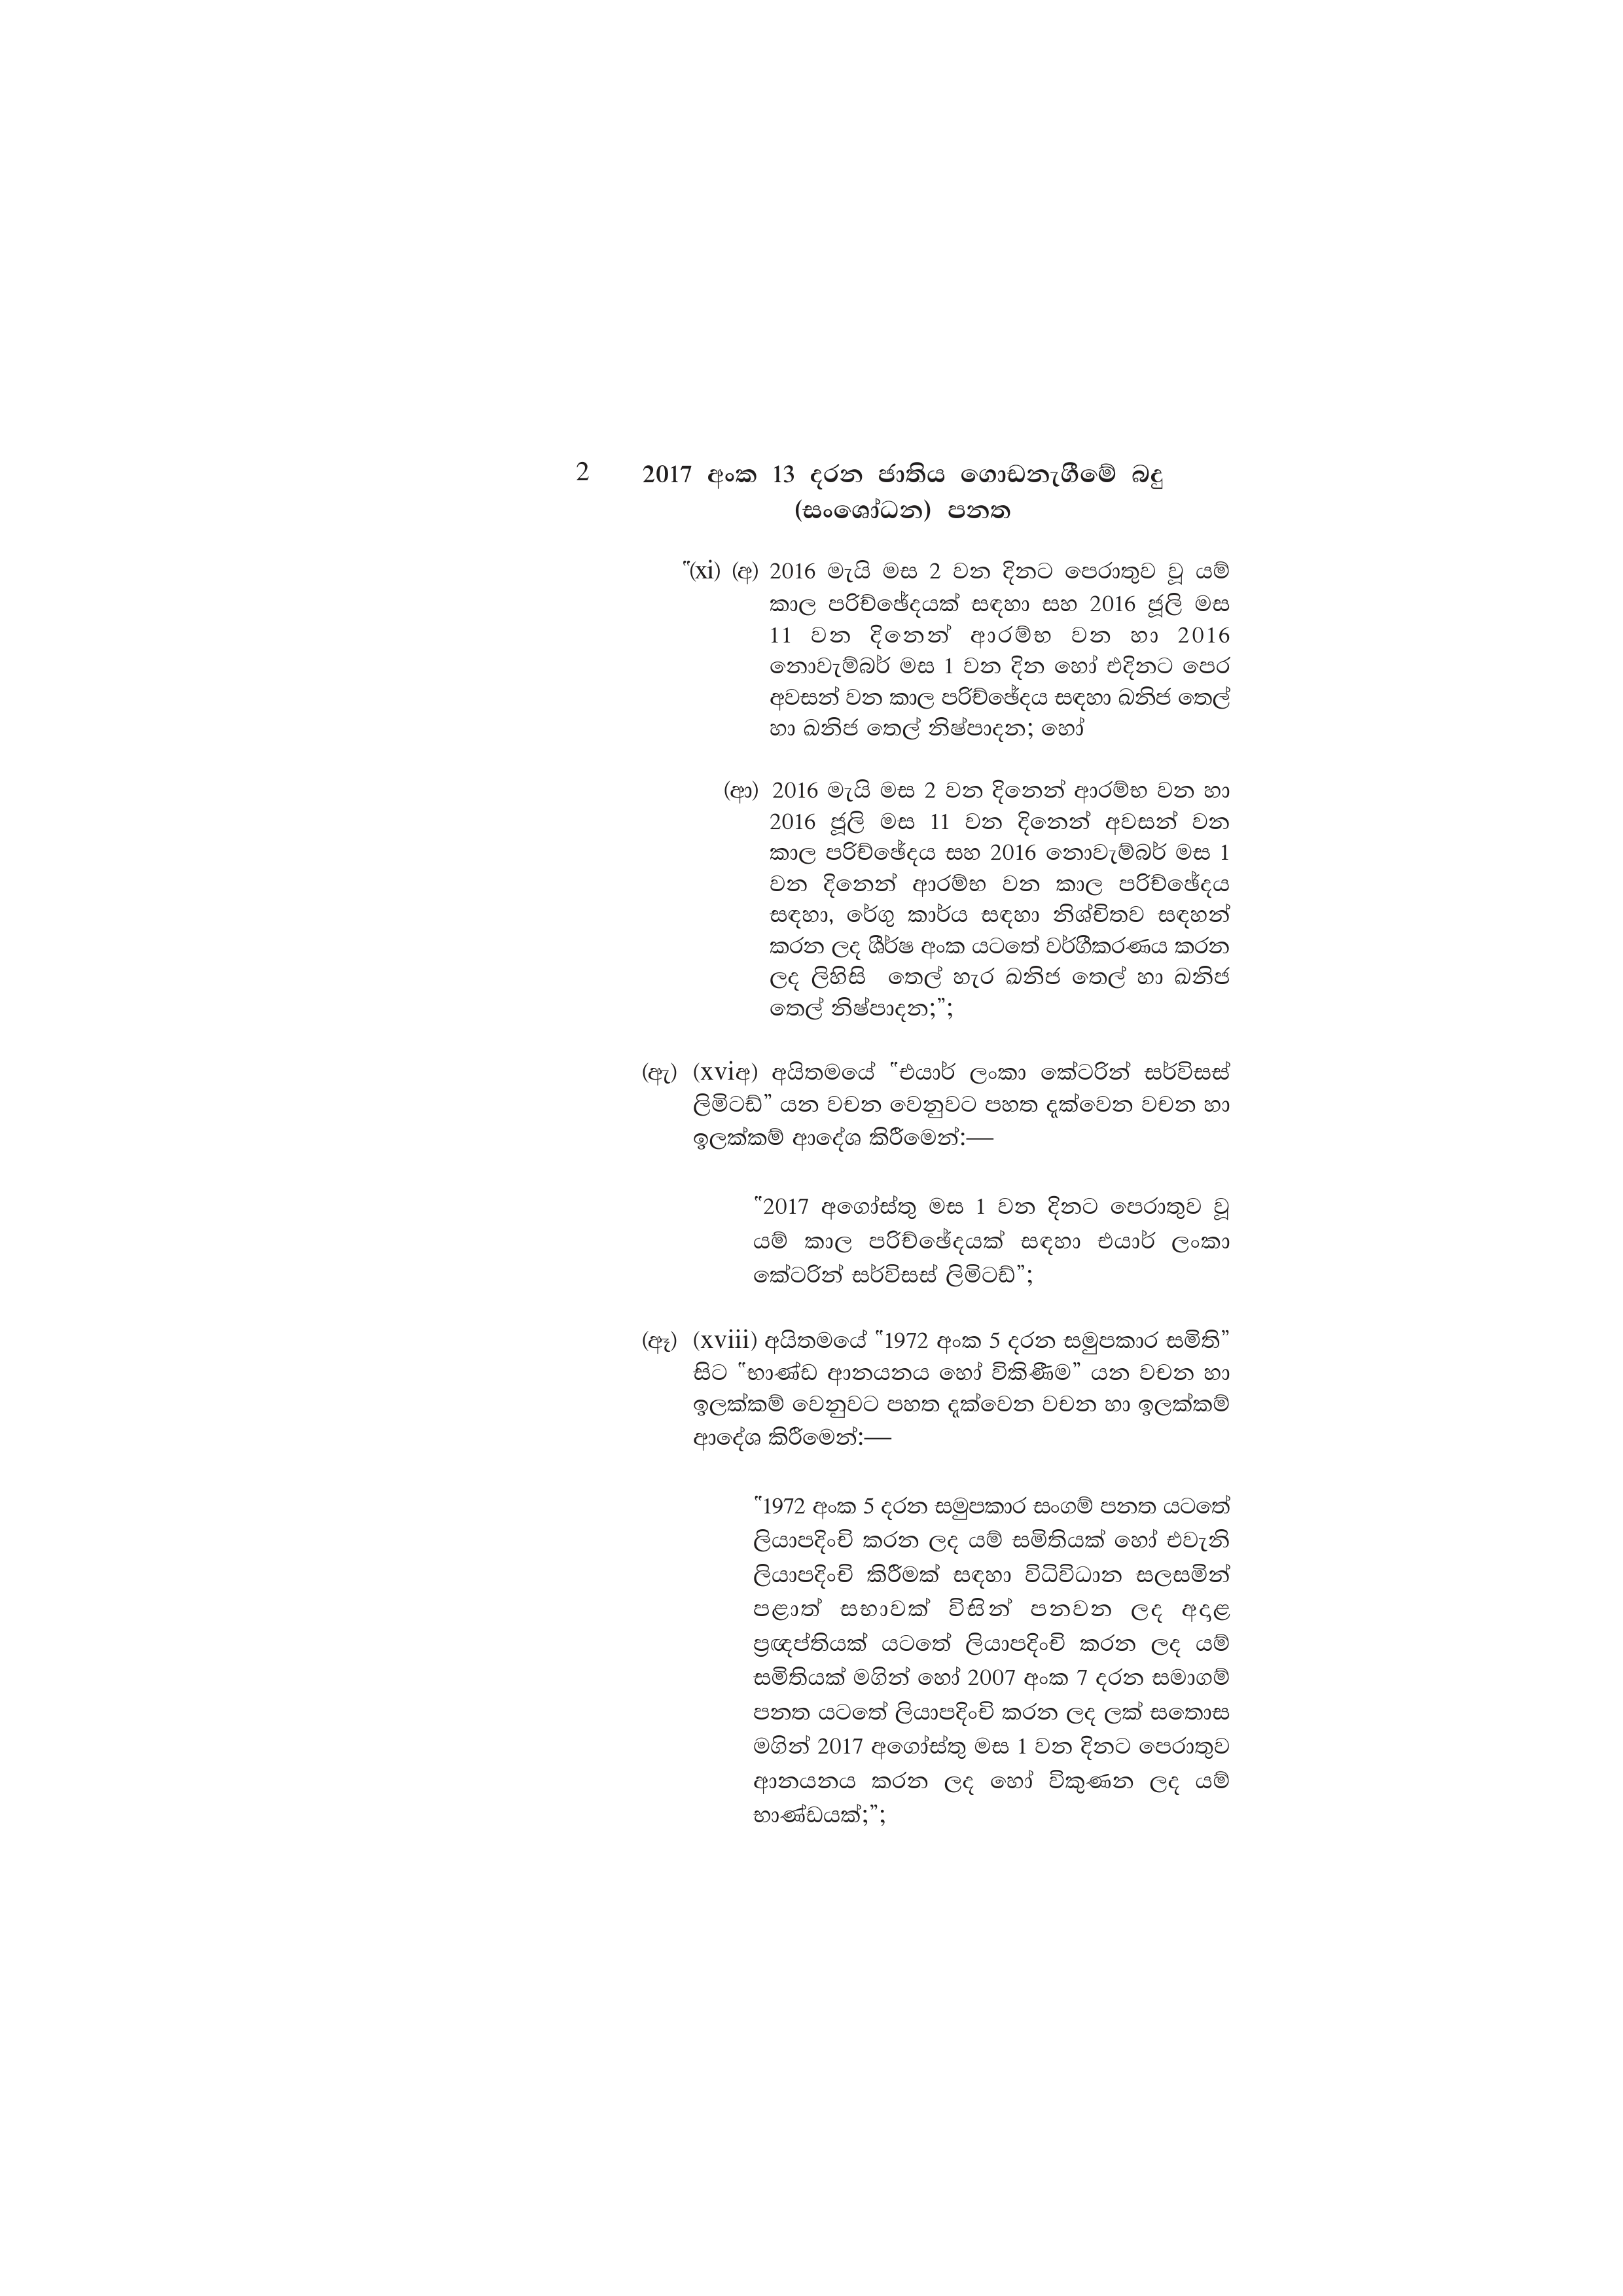
2 2017 අංක 13 දරන ජාතිය ගොඩනැගීමේ බදු
(සංශෝධන) පනත

"(xi) (අ) 2016 මැයි මස 2 වන දිනට පෙරාතුව වූ යම්
කාල පරිච්ඡේදයක් සඳහා සහ 2016 ජූලි මස
11 වන දිනෙන් ආරම්භ වන හා 2016
නොවැම්බර් මස 1 වන දින හෝ එදිනට පෙර
අවසන් වන කාල පරිච්ඡේදය සඳහා ඛනිජ තෙල්
හා ඛනිජ තෙල් නිෂ්පාදන; හෝ

(ආ) 2016 මැයි මස 2 වන දිනෙන් ආරම්භ වන හා
2016 ජූලි මස 11 වන දිනෙන් අවසන් වන
කාල පරිච්ඡේදය සහ 2016 නොවැම්බර් මස 1
වන දිනෙන් ආරම්භ වන කාල පරිච්ඡේදය
සඳහා, රේගු කාර්ය සඳහා නිශ්චිතව සඳහන්
කරන ලද ශීර්ෂ අංක යටතේ වර්ගීකරණය කරන
ලද ලිහිසි තෙල් හැර ඛනිජ තෙල් හා ඛනිජ
තෙල් නිෂ්පාදන;";

(ඇ) (xviඅ) අයිතමයේ "එයාර් ලංකා කේටරින් සර්විසස්
ලිමිටඩ්” යන වචන වෙනුවට පහත දැක්වෙන වචන හා
ඉලක්කම් ආදේශ කිරීමෙන්:—

"2017 අගෝස්තු මස 1 වන දිනට පෙරාතුව වූ
යම් කාල පරිච්ඡේදයක් සඳහා එයාර් ලංකා
කේටරින් සර්විසස් ලිමිටඩ්”;

(ඈ) (xviii) අයිතමයේ "1972 අංක 5 දරන සමුපකාර සමිති”
සිට භාණ්ඩ ආනයනය හෝ විකිණීම” යන වචන හා
ඉලක්කම් වෙනුවට පහත දැක්වෙන වචන හා ඉලක්කම්
ආදේශ කිරීමෙන්:—

"1972 අංක 5 දරන සමුපකාර සංගම් පනත යටතේ
ලියාපදිංචි කරන ලද යම් සමිතියක් හෝ එවැනි
ලියාපදිංචි කිරීමක් සඳහා විධිවිධාන සලසමින්
පළාත් සභාවක් විසින් පනවන ලද අදාළ
ප්‍රඥප්තියක් යටතේ ලියාපදිංචි කරන ලද යම්
සමිතියක් මගින් හෝ 2007 අංක 7 දරන සමාගම්
පනත යටතේ ලියාපදිංචි කරන ලද ලක් සතොස
මගින් 2017 අගෝස්තු මස 1 වන දිනට පෙරාතුව
ආනයනය කරන ලද හෝ විකුණන ලද යම්
භාණ්ඩයක්;";